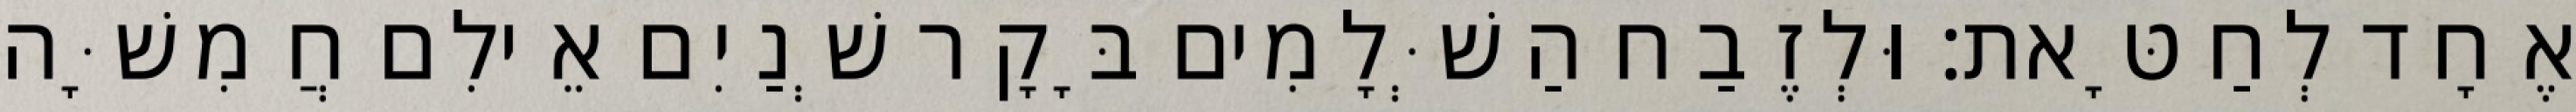
אֶחָד לְחַטָּאת׃ וּלְזֶבַח הַשְּׁלָמִים בָּקָר שְׁנַיִם אֵילִם חֲמִשָּׁה